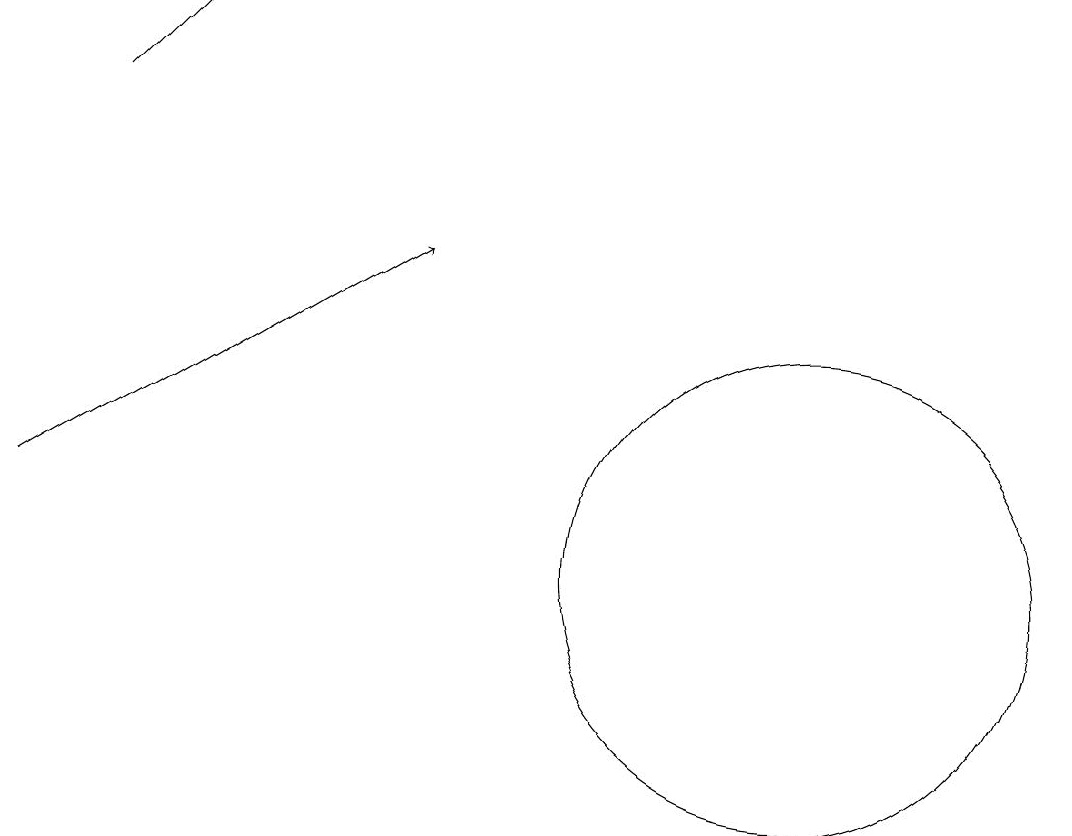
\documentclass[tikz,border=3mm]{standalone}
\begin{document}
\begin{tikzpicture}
\draw (11,11) circle (3);
\draw[->] (2,17) -- (3,18);
\draw[->] (1,12) -- (6,15);
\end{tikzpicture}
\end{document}